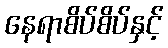
နေရာစိပ်စိပ်နှင့်